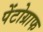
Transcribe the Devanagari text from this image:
पेंटोग्राफ